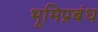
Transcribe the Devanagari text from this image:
भूमिप्रबंध